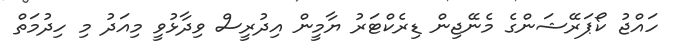
ހައްޖު ކޯޕަރޭޝަންގެ މެނޭޖިން ޑިރެކްޓަރު ޔާމީން އިދުރީސް ވިދާޅުވީ މިއަދު މި ހިދުމަތް